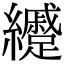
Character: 𦇰